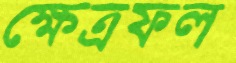
ক্ষেত্রফল